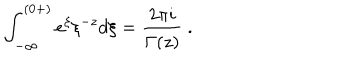
\int _ { - \infty } ^ { ( 0 + ) } e ^ { \xi } \xi ^ { - z } d \xi = \frac { 2 \pi i } { \Gamma ( z ) } ~ .